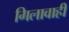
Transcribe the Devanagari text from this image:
गिलावाही